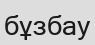
бұзбау